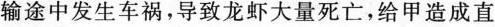
输途中发生车祸，导致龙虾大量死亡，给甲造成直